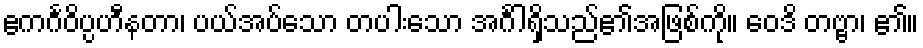
ဧကင်္ဂဝိပ္ပဟီနတာ၊ ပယ်အပ်သော တပါးသော အင်္ဂါရှိသည်၏အဖြစ်ကို။ ဝေဒိ တဗ္ဗာ၊ ၏။